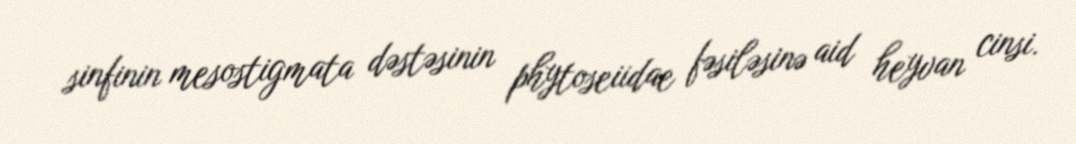
sinfinin mesostigmata dəstəsinin phytoseiidae fəsiləsinə aid heyvan cinsi.